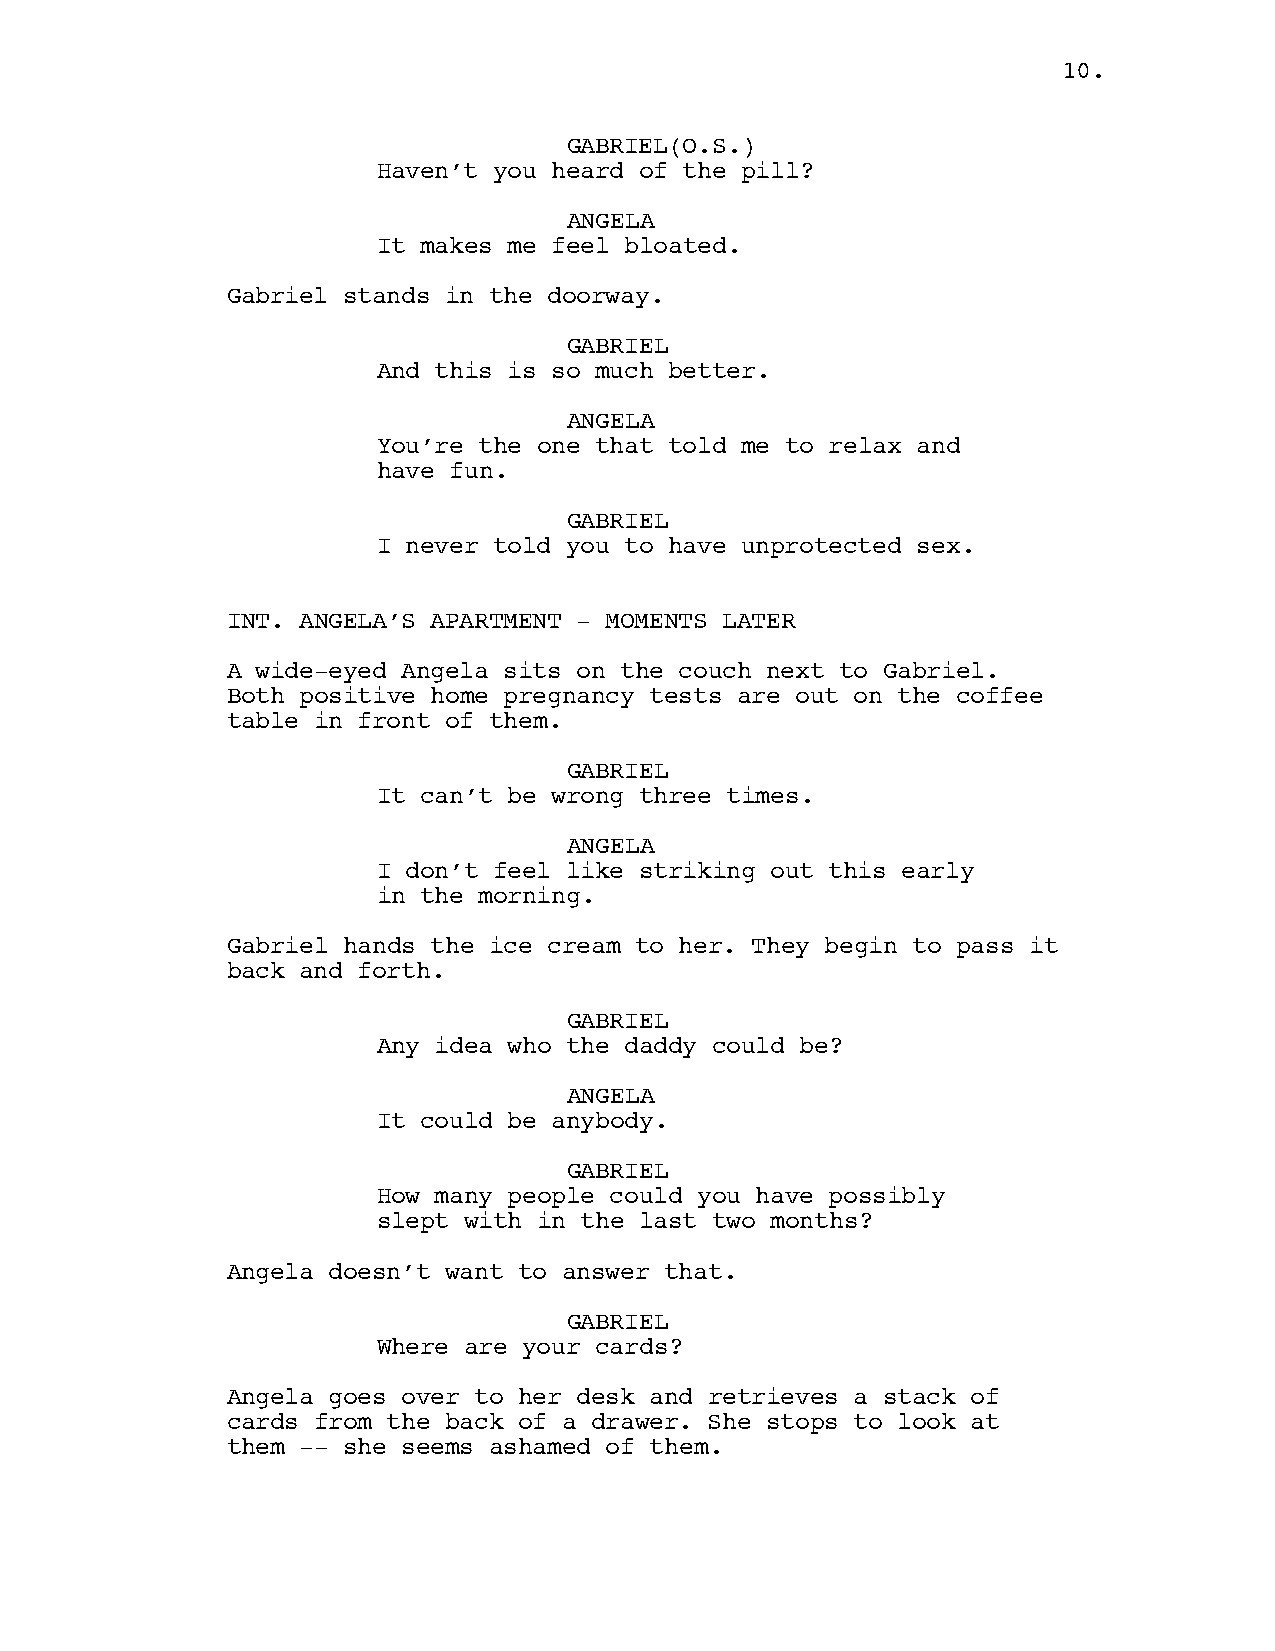
10.
 GABRIEL(O.S.)
 Haven’t you heard of the pill?
 ANGELA
 It makes me feel bloated.
 Gabriel stands in the doorway.
 GABRIEL
 And this is so much better.
 ANGELA
 You’re the one that told me to relax and
 have fun.
 GABRIEL
 I never told you to have unprotected sex.
 INT. ANGELA’S APARTMENT - MOMENTS LATER
 A wide-eyed Angela sits on the couch next to Gabriel.
 Both positive home pregnancy tests are out on the coffee
 table in front of them.
 GABRIEL
 It can’t be wrong three times.
 ANGELA
 I don’t feel like striking out this early
 in the morning.
 Gabriel hands the ice cream to her. They begin to pass it
 back and forth.
 GABRIEL
 Any idea who the daddy could be?
 ANGELA
 It could be anybody.
 GABRIEL
 How many people could you have possibly
 slept with in the last two months?
 Angela doesn’t want to answer that.
 GABRIEL
 Where are your cards?
 Angela goes over to her desk and retrieves a stack of
 cards from the back of a drawer. She stops to look at
 them -- she seems ashamed of them.